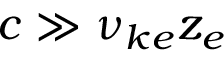
c \gg \nu _ { k e } z _ { e }